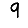
Digit: 9